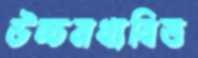
উচ্চমধ্যবিত্ত